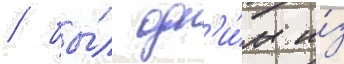
/ бы́л одн'и́м и́з